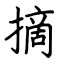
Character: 摘